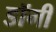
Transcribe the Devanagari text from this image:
डॉगी